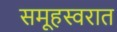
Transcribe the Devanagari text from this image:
समूहस्वरात